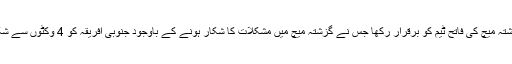
نیوزی لینڈ نے گزشتہ میچ کی فاتح ٹیم کو برقرار رکھا جس نے گزشتہ میچ میں مشکلات کا شکار ہونے کے باوجود جنوبی افریقہ کو 4 وکٹوں سے شکست دے دی تھی۔